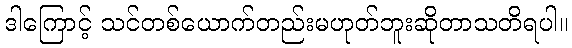
ဒါကြောင့် သင်တစ်ယောက်တည်းမဟုတ်ဘူးဆိုတာသတိရပါ။